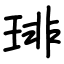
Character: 琲